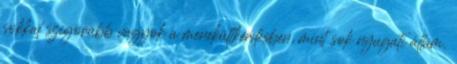
sokkal szigorúbb vagyok a menekültkérdésben, mint sok nyugati állam.